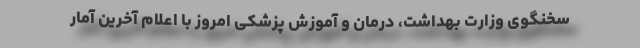
سخنگوی وزارت بهداشت، درمان و آموزش پزشکی امروز با اعلام آخرین آمار